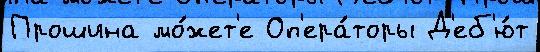
Прошина мо́жет'е Оп'ера́торы Д'еб'ю́т